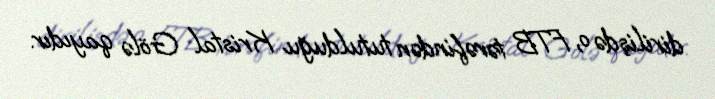
dirilişdə o, FTB tərəfindən tutulduğu Kristal Gölə qayıdır.